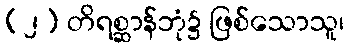
(၂) တိရစ္ဆာန်ဘုံ၌ ဖြစ်သောသူ၊